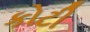
કોટી